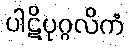
ပါဋိပုဂ္ဂလိကံ